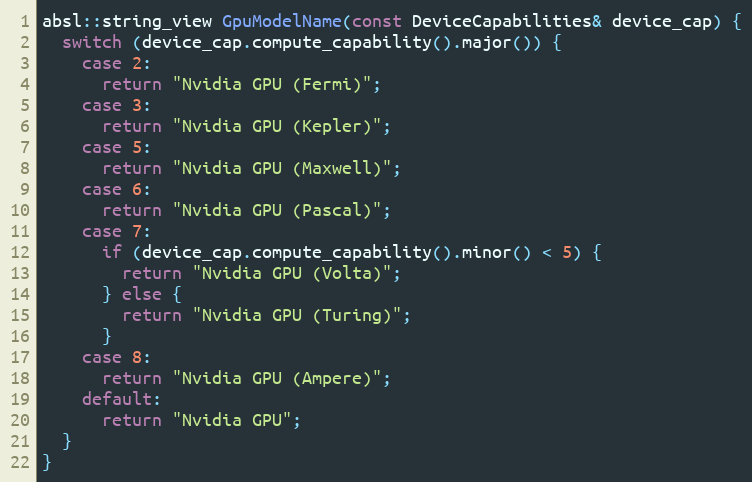
Language: C++
absl::string_view GpuModelName(const DeviceCapabilities& device_cap) {
  switch (device_cap.compute_capability().major()) {
    case 2:
      return "Nvidia GPU (Fermi)";
    case 3:
      return "Nvidia GPU (Kepler)";
    case 5:
      return "Nvidia GPU (Maxwell)";
    case 6:
      return "Nvidia GPU (Pascal)";
    case 7:
      if (device_cap.compute_capability().minor() < 5) {
        return "Nvidia GPU (Volta)";
      } else {
        return "Nvidia GPU (Turing)";
      }
    case 8:
      return "Nvidia GPU (Ampere)";
    default:
      return "Nvidia GPU";
  }
}